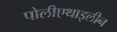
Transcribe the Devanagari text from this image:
पोलीएथाइलीन